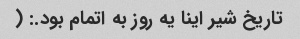
تاریخ شیر اینا یه روز به اتمام بود.: (